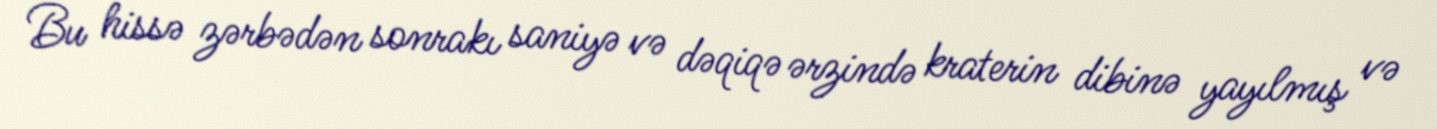
Bu hissə zərbədən sonrakı saniyə və dəqiqə ərzində kraterin dibinə yayılmış və